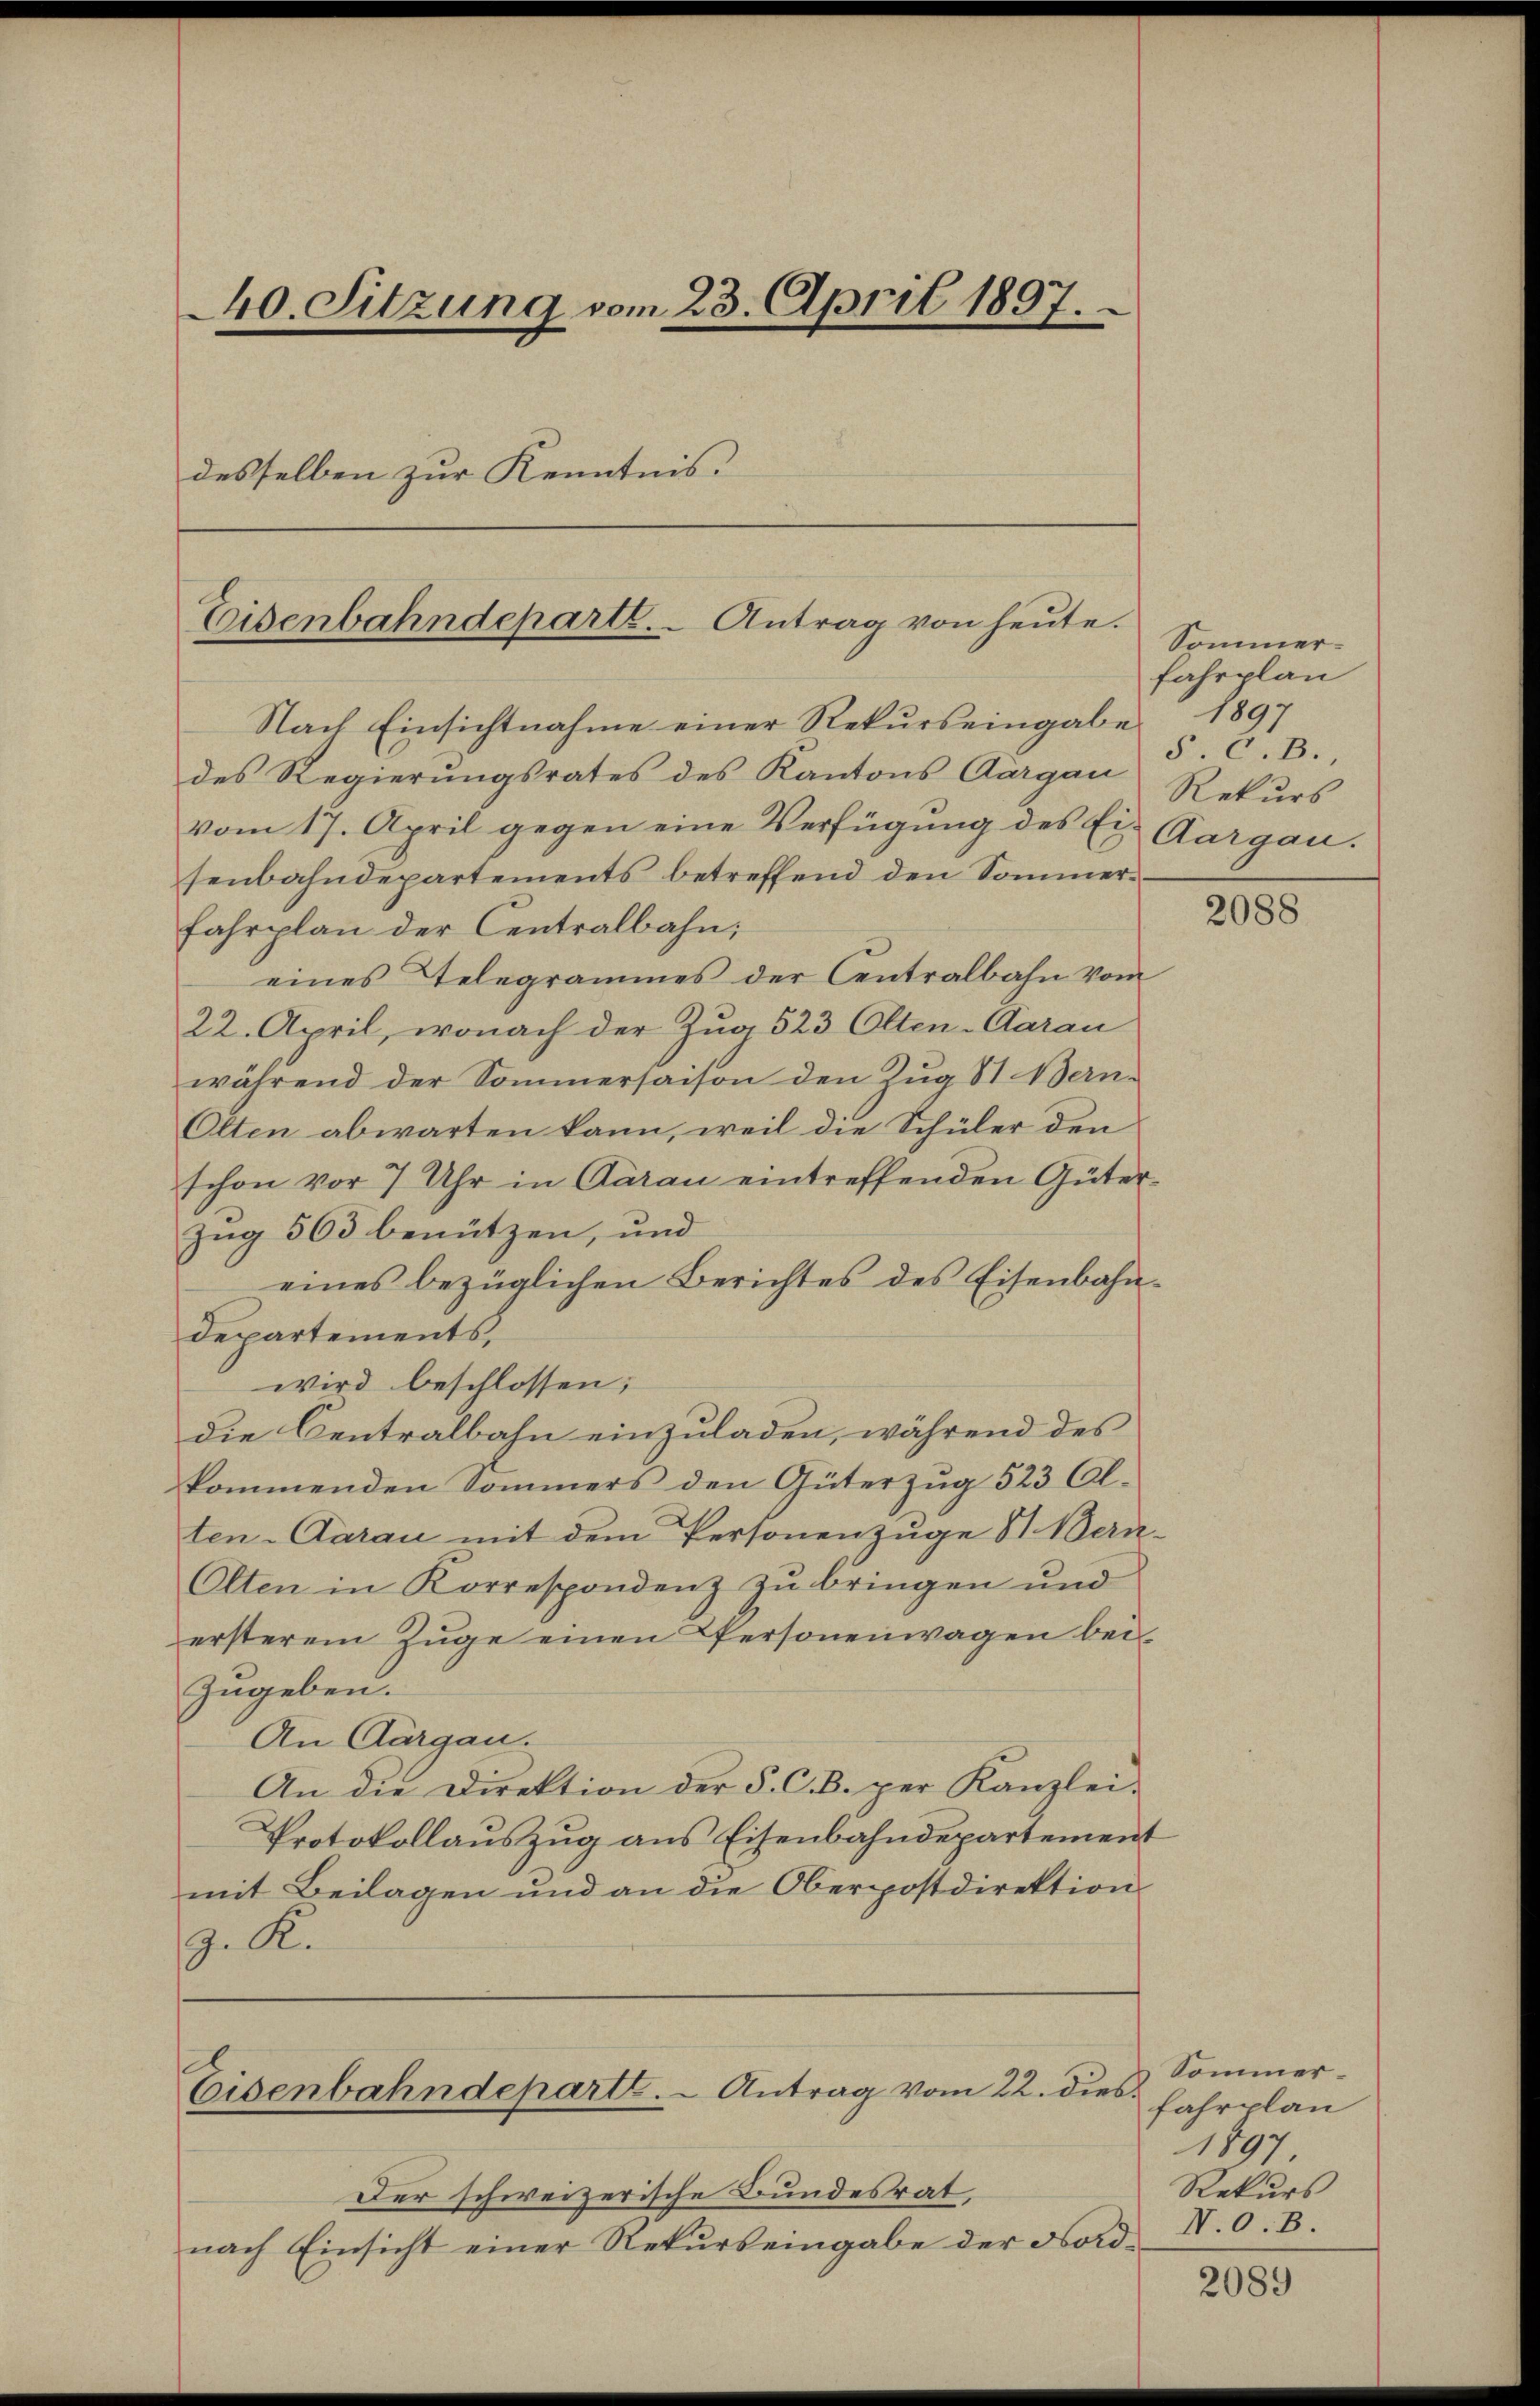
40. Sitzung vom 23. April 1897.
desselben zur Kenntnis.

Nach Einsichtnahme einer Rekurs eingabe 1897
des Regierungsrates des Kantons Aargau
vom 17. April gegen eine Verfügung des Ein Aargau.
senbahndepartements betreffend den Sommerfahrplan der Centralbahn;
eines Telegrammes der Centralbahn vom
22. April, wonach der Zug 523 Olten-Aarau
während der Sommersaison den Zug St Vern¬
Olten abwarten kann, weil die Schüler den
schon vor 7 Uhr in Aarau eintreffenden Güter¬
Zug 563 benützen, und
eines bezüglichen Berichtes des Eisenbahn-
departements,
wird beschlossen;
die Centralbahn einzuladen, während des
kommenden Sommers den Güterzug 523 Alten-Aarau mit dem Personenzuge St. Bern-
Olten in Korrespondenz zu bringen und
ersterem Züge einen Personenwagen bei
zugeben.
An Aargau.
An die Direktion der F. C.B. per Kanzlei-
Protokollauszug aus Eisenbahndepartement
mit Beilagen und an die Oberpostdirektion
9. R.

Eisenbahndeparte. Antrag von heute.

Eisenbahndeparte. - Antrag vom 22. dies

Der schweizerische Bundesrat,
nach Einsicht einer Rekurs eingabe der Nord¬

Sommerfahrplan
S. C.B.,
Rekurs

2088

Sommer.
fahrplan
1897
Rekurs
N.O.B.

2089